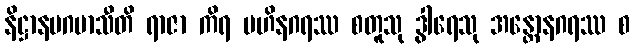
နိဋ္ဌာနမဂမာသီတိ ရာဇာ ကိရ ဗဟိနဂရဿ စတူသု ဒွါရေသု အန္တောနဂရဿ စ